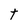
Character: t